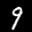
Label: 9